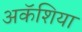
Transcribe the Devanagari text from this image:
अकॅशिया